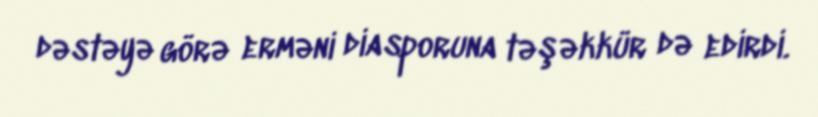
dəstəyə görə erməni diasporuna təşəkkür də edirdi.